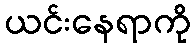
ယင်းနေရာကို